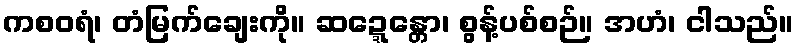
ကစဝရံ၊ တံမြက်ချေးကို။ ဆဍ္ဍေန္တော၊ စွန့်ပစ်စဉ်။ အဟံ၊ ငါသည်။